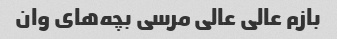
بازم عالی عالی مرسی بچه‌های وان